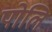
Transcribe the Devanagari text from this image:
पोलि